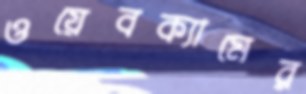
ওয়েবক্যামের